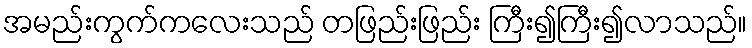
အမည်းကွက်ကလေးသည် တဖြည်းဖြည်း ကြီး၍ကြီး၍လာသည်။